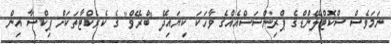
ނަމަވެސް ސްކޮޓްލޭންޑްގެ ޕްރިންސަސްއެއްގެ ވާހަކަ ކިޔައިދޭ "ބްރޭވް" ގެ ކެރެކްޓާތަކަށް ޕިކްސާ އިން